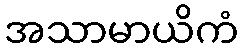
အသာမာယိကံ